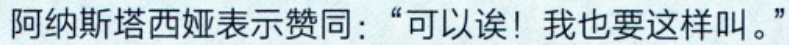
阿纳斯塔西娅表示赞同：“可以诶！我也要这样叫。”